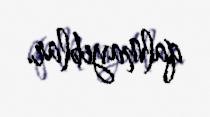
qalmayıblar.